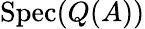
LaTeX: \operatorname{Spec}(Q(A))